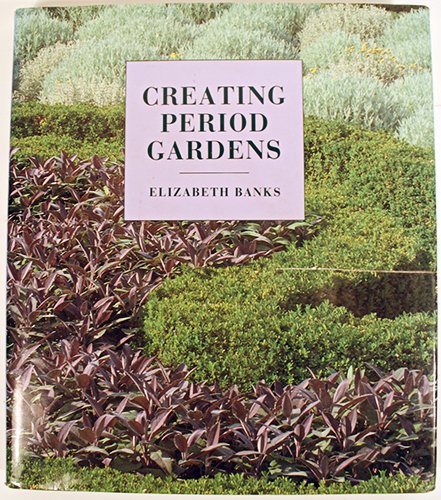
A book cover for Creating Period Gardens; Elizabeth Banks; Crafts, Hobbies & Home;